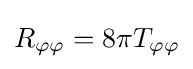
R_{\varphi \varphi }=8\pi T_{\varphi \varphi }